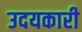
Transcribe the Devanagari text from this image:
उदयकारी